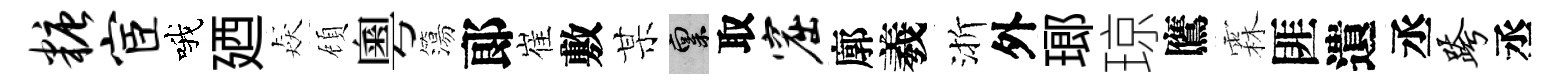
糖宦哦廼猋頋粵簜郞崔敷某禀取窟廓羲渐外瑯琼鷹霖匪遺丞跨丞